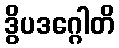
ဒွိပဒဂ္ဂေါတိ